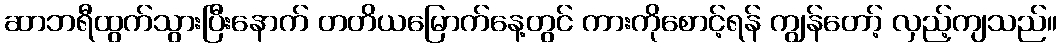
ဆာဘရီထွက်သွားပြီးနောက် တတိယမြောက်နေ့တွင် ကားကိုစောင့်ရန် ကျွန်တော့် လှည့်ကျသည်။